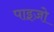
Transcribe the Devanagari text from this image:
पाइज़ो